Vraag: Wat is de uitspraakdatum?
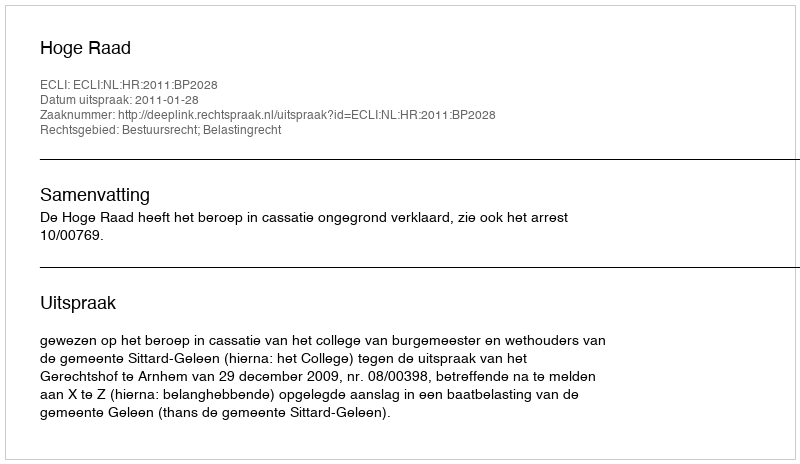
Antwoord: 2011-01-28